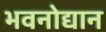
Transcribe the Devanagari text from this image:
भवनोद्यान